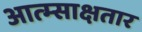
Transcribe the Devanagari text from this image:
आत्म्साक्षतार